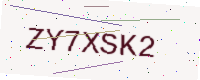
Text: ZY7XSK2